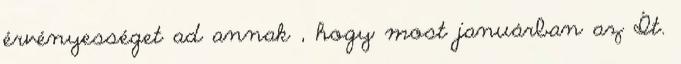
érvényességet ad annak , hogy most januárban az Ít.